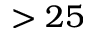
> 2 5